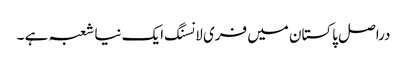
دراصل پاکستان میں فری لانسنگ ایک نیا شعبہ ہے ۔